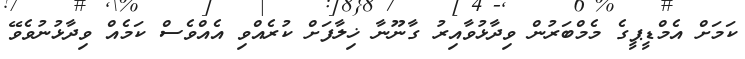
ކަމަށް އެމްޑީޕީގެ މެމްބަރުން ވިދާޅުވާއިރު ގާނޫނާ ޚިލާފަށް ކުރެއްވި އެއްވެސް ކަމެއް ވިދާޅުނުވެވޭ